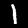
Digit: 1